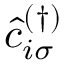
\hat { c } _ { i \sigma } ^ { ( \dagger ) }